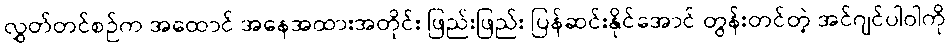
လွှတ်တင်စဉ်က အထောင် အနေအထားအတိုင်း ဖြည်းဖြည်း ပြန်ဆင်းနိုင်အောင် တွန်းတင်တဲ့ အင်ဂျင်ပါဝါကို